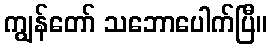
ကျွန်တော် သဘောပေါက်ပြီ။